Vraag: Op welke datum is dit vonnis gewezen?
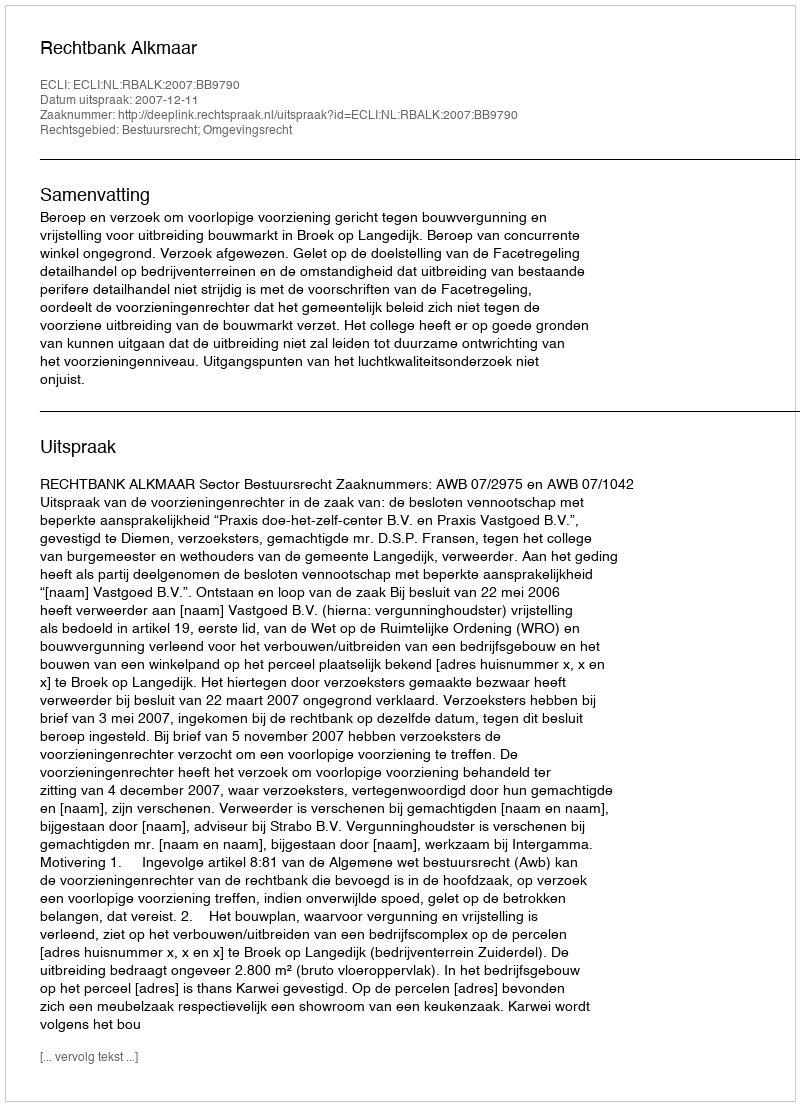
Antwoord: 2007-12-11